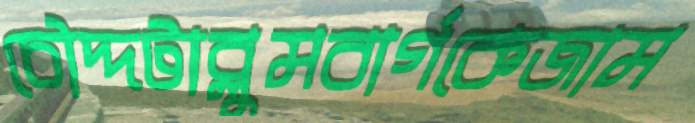
চৌদ্দটাব্লুমবার্গকেজাম